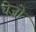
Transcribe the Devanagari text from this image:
घेज़ो